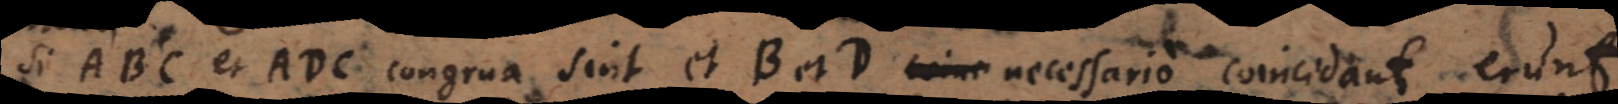
Si ABC et ADC congrua sint et B et D coinc necessario coincidant erunt